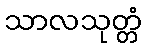
သာလသုတ္တံ